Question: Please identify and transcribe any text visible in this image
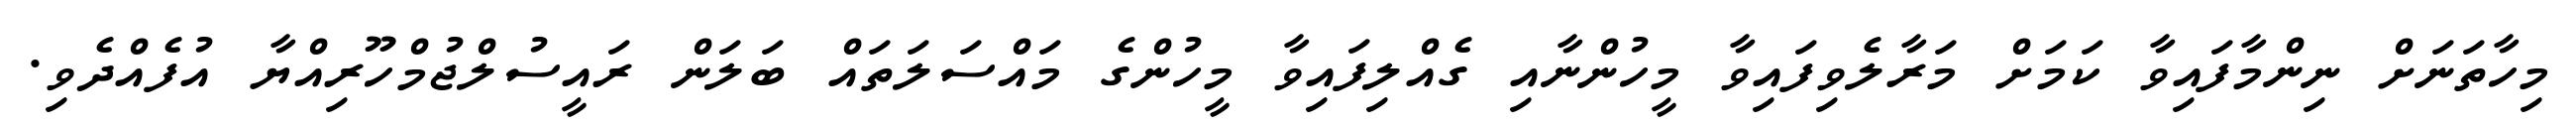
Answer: މިހާތަނަށް ނިންމާފައިވާ ކަމަށް މަރާލެވިފައިވާ މީހުންނާއި ގެއްލިފައިވާ މީހުންގެ މައްސަލަތައް ބަލަން ރައީސުލްޖުމްހޫރިއްޔާ އުފެއްދެވި.